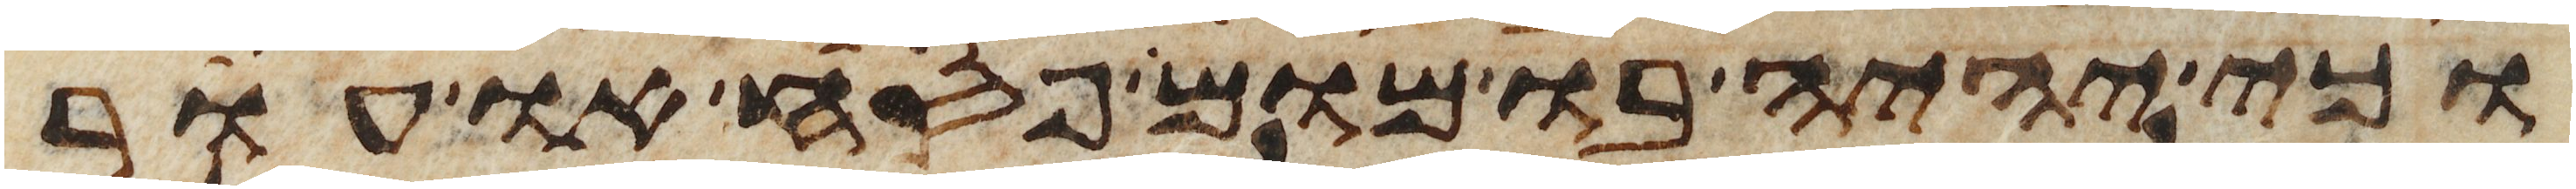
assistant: וכי יהיה בו מום פסח או עור